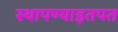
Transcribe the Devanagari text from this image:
स्थापण्याइतपत